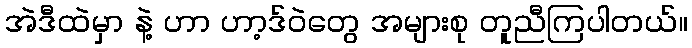
အဲဒီထဲမှာ နဲ့ ဟာ ဟာ့ဒ်ဝဲတွေ အများစု တူညီကြပါတယ်။